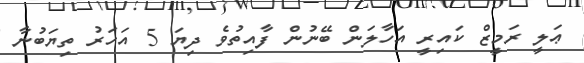
ޢަލީ ރަމީޒް ކައިރީ އަހާލަން ބޭނުން ފާއިތުވެ ދިޔަ 5 އަހަރު ތިޔަބުނާ